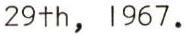
29th, 1967.